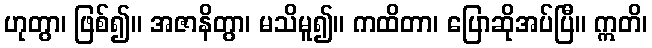
ဟုတွာ၊ ဖြစ်၍။ အဇာနိတွာ၊ မသိမူ၍။ ကထိတာ၊ ပြောဆိုအပ်ပြီ။ ဣတိ၊